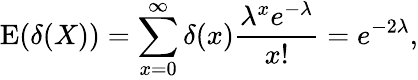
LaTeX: \operatorname{E}(\delta(X))=\sum_{x=0}^{\infty}\delta(x){\frac{\lambda^{x}e^{-\lambda}}{x!}}=e^{-2\lambda},